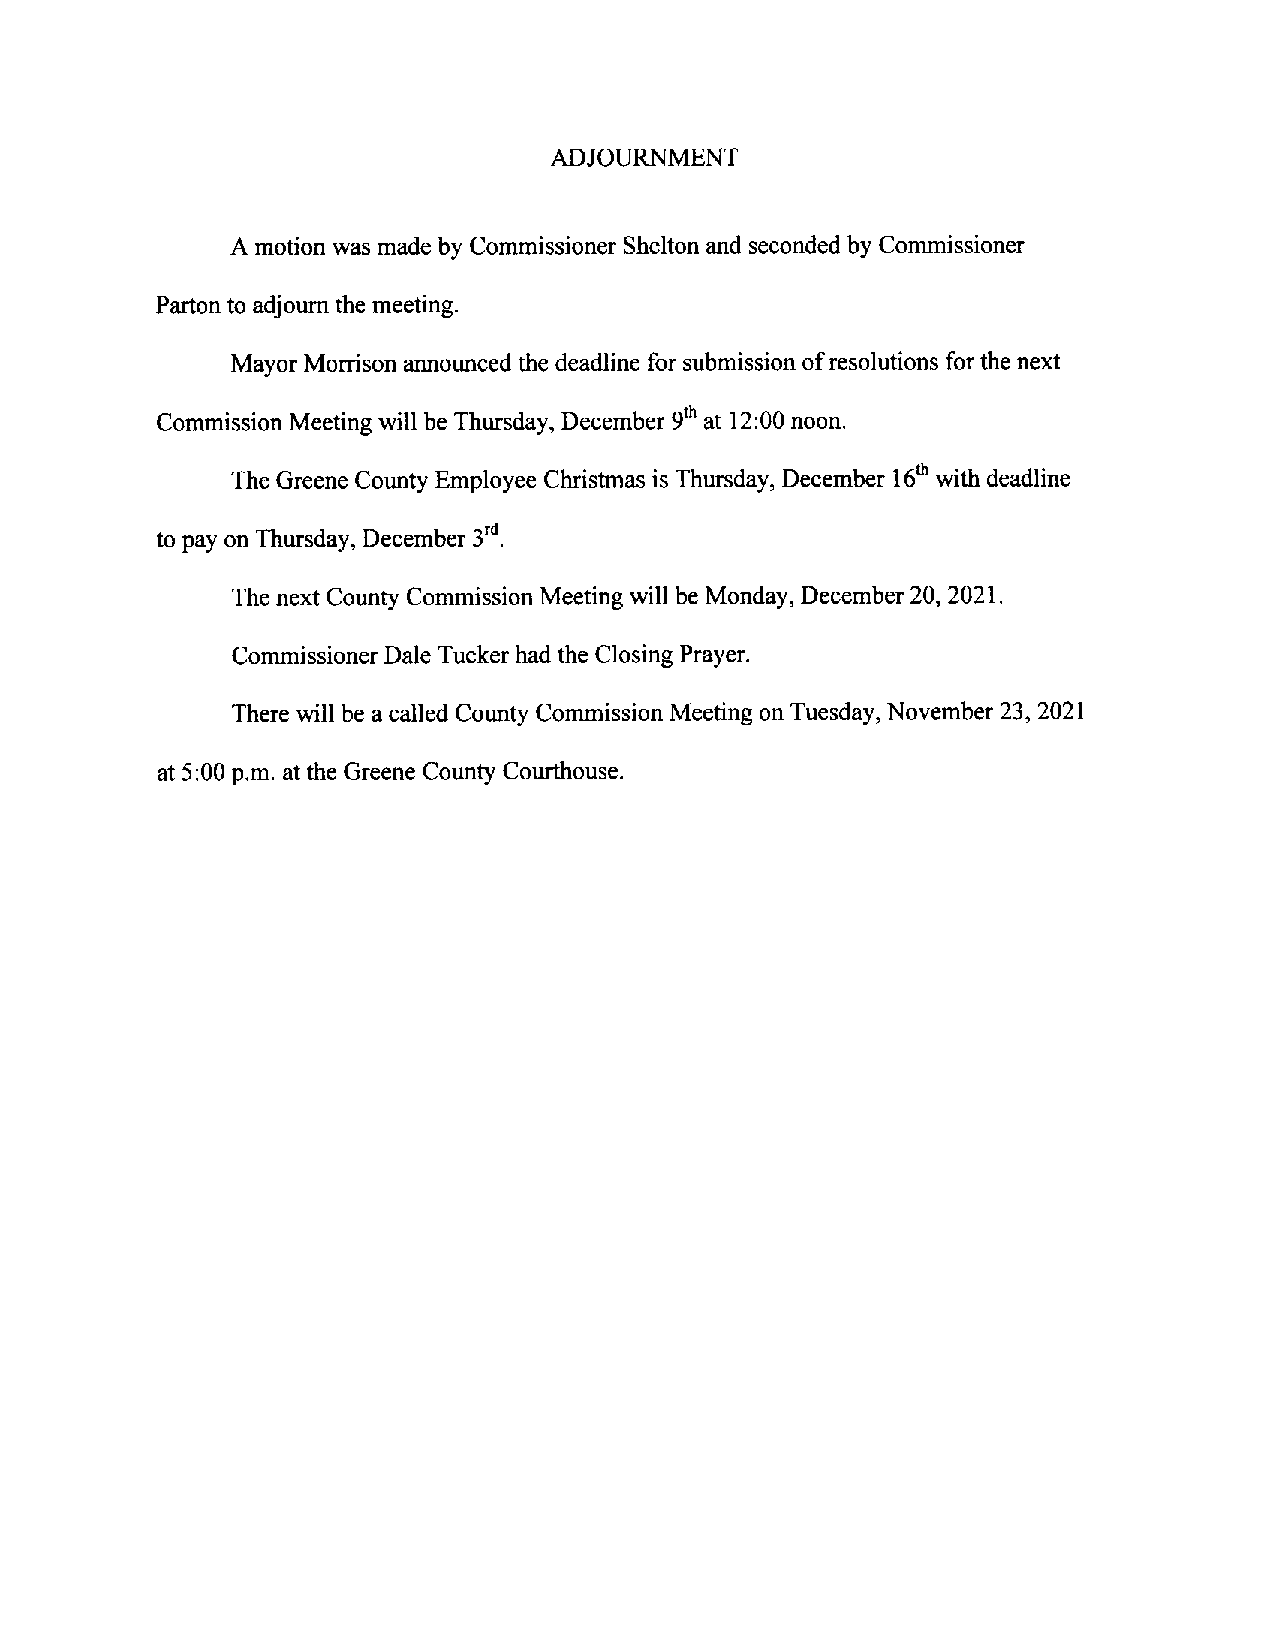
ADJOURNMENT
 A motion was made by Commissioner Shelton and secondedby Commissioner
 Partonto adjourn themeeting.
 Mayor Morrisonannounced thedeadline for submission ofresolutions for the next
 Commission Meetingwill be Thursday,December ’a~t 12:00 noon.
 9~
 TheGreene County Employee Christmas is Thursday, December th with deadline
 16
 to pay on Thursday, December 3”’.
 The next County Commission Meeting will be Monday, December 20, 2021.
 CommissionerDale Tucker had the Closing Prayer.
 There will be acalled County Commission Meeting on Tuesday, November 23, 2021
 at 5:00p.m. atthe Greene CountyCourthouse.